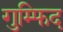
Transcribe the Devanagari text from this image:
गुम्फिद